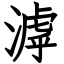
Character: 滹